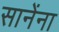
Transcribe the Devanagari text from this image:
सानेंना